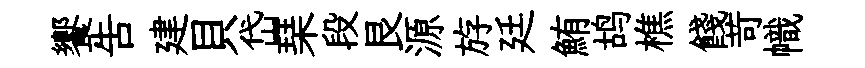
饗吿建貝岱琹段艮源斿廷鮪鸪樵餞苛幟